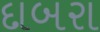
દાબરા